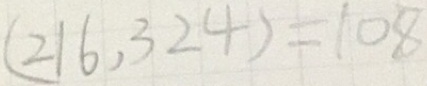
( 2 1 6 , 3 2 4 ) = 1 0 8